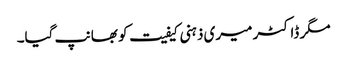
مگر ڈاکٹر میری ذہنی کیفیت کو بھانپ گیا۔